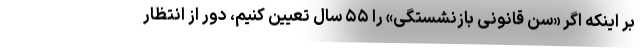
بر اینکه اگر «سن قانونی بازنشستگی» را ۵۵ سال تعیین کنیم، دور از انتظار